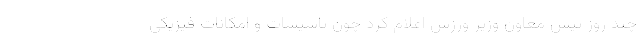
چند روز پیش معاون وزیر ورزش اعلام کرد چون تاسیسات و امکانات فیزیکی